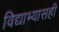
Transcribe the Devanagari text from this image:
विद्याभ्यासही